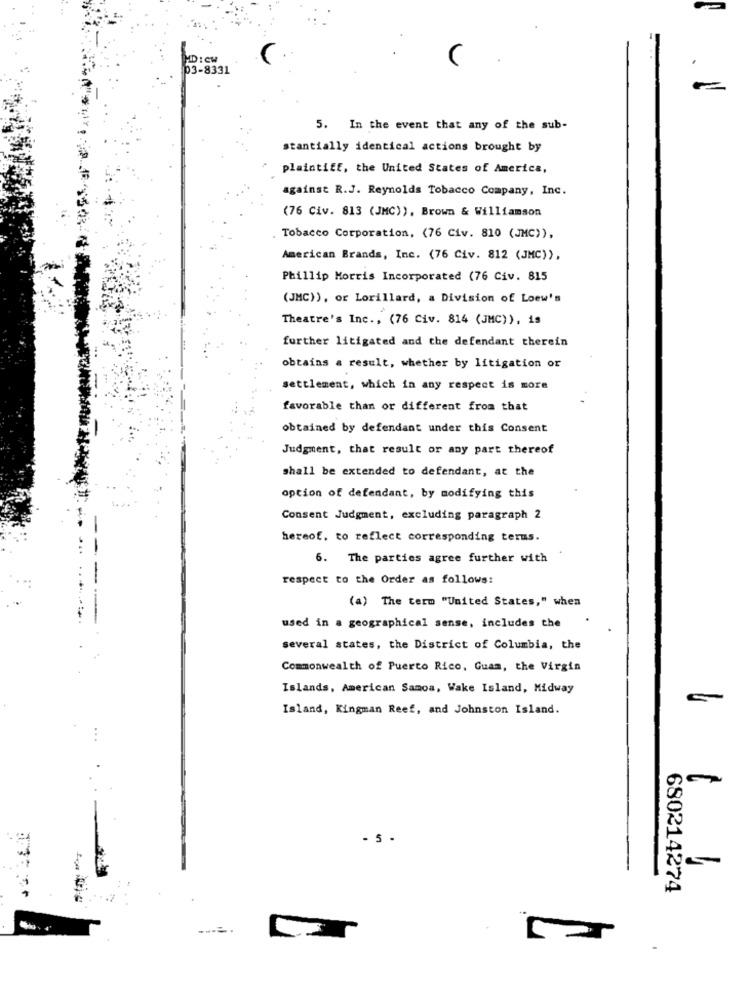
HD:CM
03-8331
5. In the event that any of the sub-
stantially identical actions brought by
plaintiff, the United States of America,
against R.J. Reynolds Tobacco Company, Inc.
(76 Civ. 813 (JMC)), Brown & Williamson
Tobacco Corporation, (76 Civ. 810 (JMC)),
American Brands, Inc. (76 Civ. 812 (JMC)),
Phillip Morris Incorporated (76 Civ. 815
(JMC)), or Lorillard, a Division of Loew's
Theatre's Inc ., (76 Civ. 814 (JMC)), 15
further litigated and the defendant therein
obtains a result, whether by litigation or
settlement, which in any respect is more
favorable than or different from that
obtained by defendant under this Consent
Judgment, that result or any part thereof
shall be extended to defendant, at the
option of defendant, by modifying this
Consent Judgment, excluding paragraph 2
hereof. to reflect corresponding terms.
6. The parties agree further with
respect to the Order as follows:
(a) The term "United States," when
used in a geographical sense, includes the
several states, the District of Columbia, the
Commonwealth of Puerto Rico, Guam, the Virgin
Islands, American Samoa, Wake Island, Midway
Island, Kingman Reef, and Johnston Island.
- 5
680214274